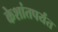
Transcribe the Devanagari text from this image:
केशांतपर्यंत